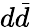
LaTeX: d\bar{d}